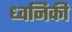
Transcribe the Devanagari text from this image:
ध्‍वनिकी